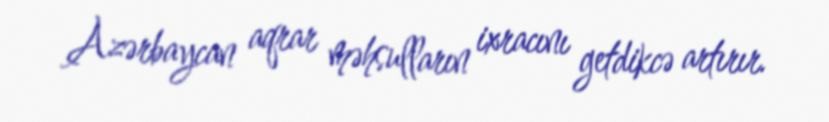
Azərbaycan aqrar məhsulların ixracını getdikcə artırır.